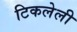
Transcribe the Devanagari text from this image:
टिकलेली